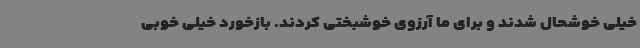
خیلی خوشحال شدند و برای ما آرزوی خوشبختی کردند. بازخورد خیلی خوبی